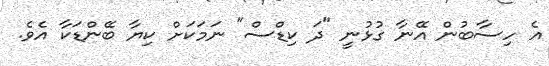
އެ ހިސާބުން އޭނާ ގުޅުނީ "ދަ ކިޑްސް" ނަމަކަށް ކިޔާ ބޭންޑަކާ އެވެ.